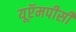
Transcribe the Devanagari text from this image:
यूऍमपीसी